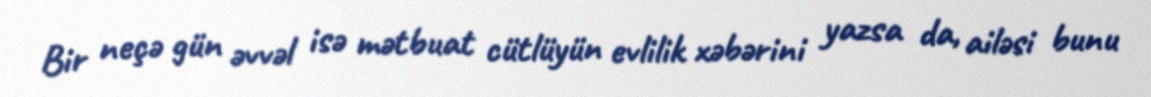
Bir neçə gün əvvəl isə mətbuat cütlüyün evlilik xəbərini yazsa da, ailəsi bunu